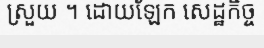
ស្រួយ ។ ដោយឡែក សេដ្ឋកិច្ច